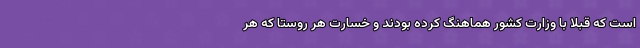
است که قبلا با وزارت کشور هماهنگ کرده بودند و خسارت هر روستا که هر